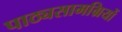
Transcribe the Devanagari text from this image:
पाठ्यसामग्रियों